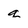
Character: g